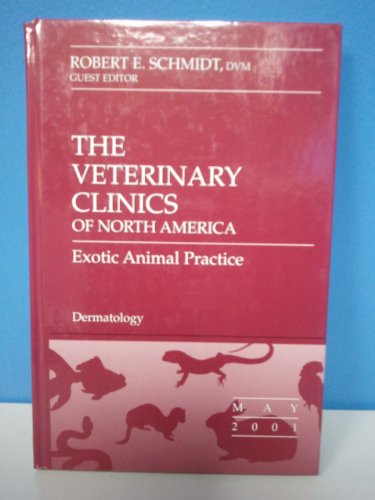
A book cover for THE VETERINARY CLINICS OF NORTH AMERICA Exotic Animal Practice - Dermatology Volume 4 Number 2 May 2001; Medical Books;